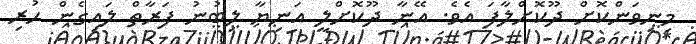
މިނިވަންކޮށް ދޫކޮށްލާފަ އެވެ. އޭނާ ދޫކޮށްލީ އަނިޔާ ލިބުނު ފަރާތް ލައިގެން ހުރި